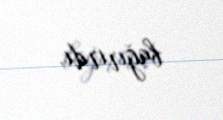
bağırırdı.